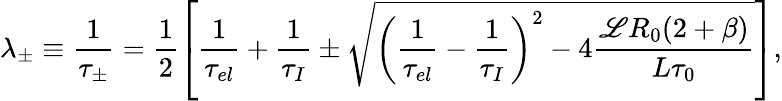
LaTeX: \lambda_{\pm}\equiv\frac{1}{\tau_{\pm}}=\frac{1}{2}\left[\frac{1}{\tau_{el}}+\frac{1}{\tau_{I}}\pm\sqrt{\left(\frac{1}{\tau_{el}}-\frac{1}{\tau_{I}}\right)^{2}-4\frac{\mathscr{L}R_{0}(2+\beta)}{L\tau_{0}}}\right],